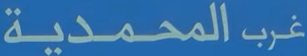
غربالمحمدية